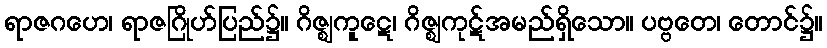
ရာဇဂဟေ၊ ရာဇဂြိုဟ်ပြည်၌။ ဂိဇ္ဈကူဋေ၊ ဂိဇ္ဈကုဋ်အမည်ရှိသော။ ပဗ္ဗတေ၊ တောင်၌။